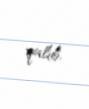
qalıb.